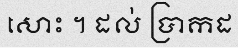
សោះ ។ ដល់ ប្រាកដ